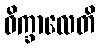
ဝိက္ခာလေတိ